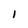
Character: I